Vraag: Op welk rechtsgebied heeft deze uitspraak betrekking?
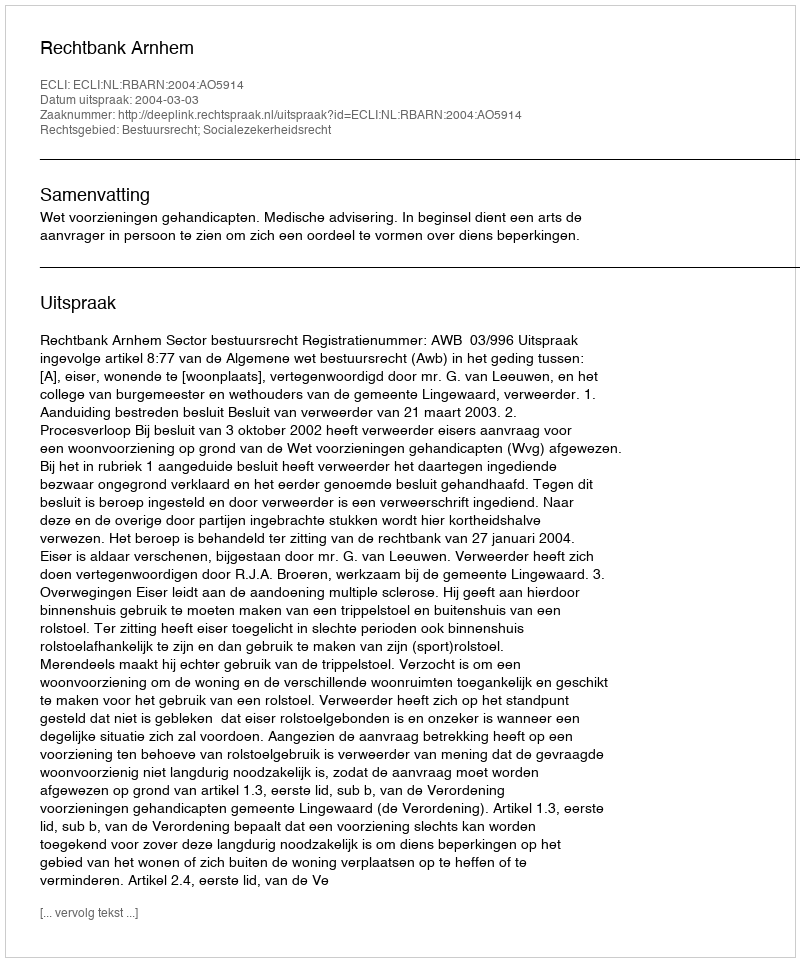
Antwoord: Bestuursrecht; Socialezekerheidsrecht